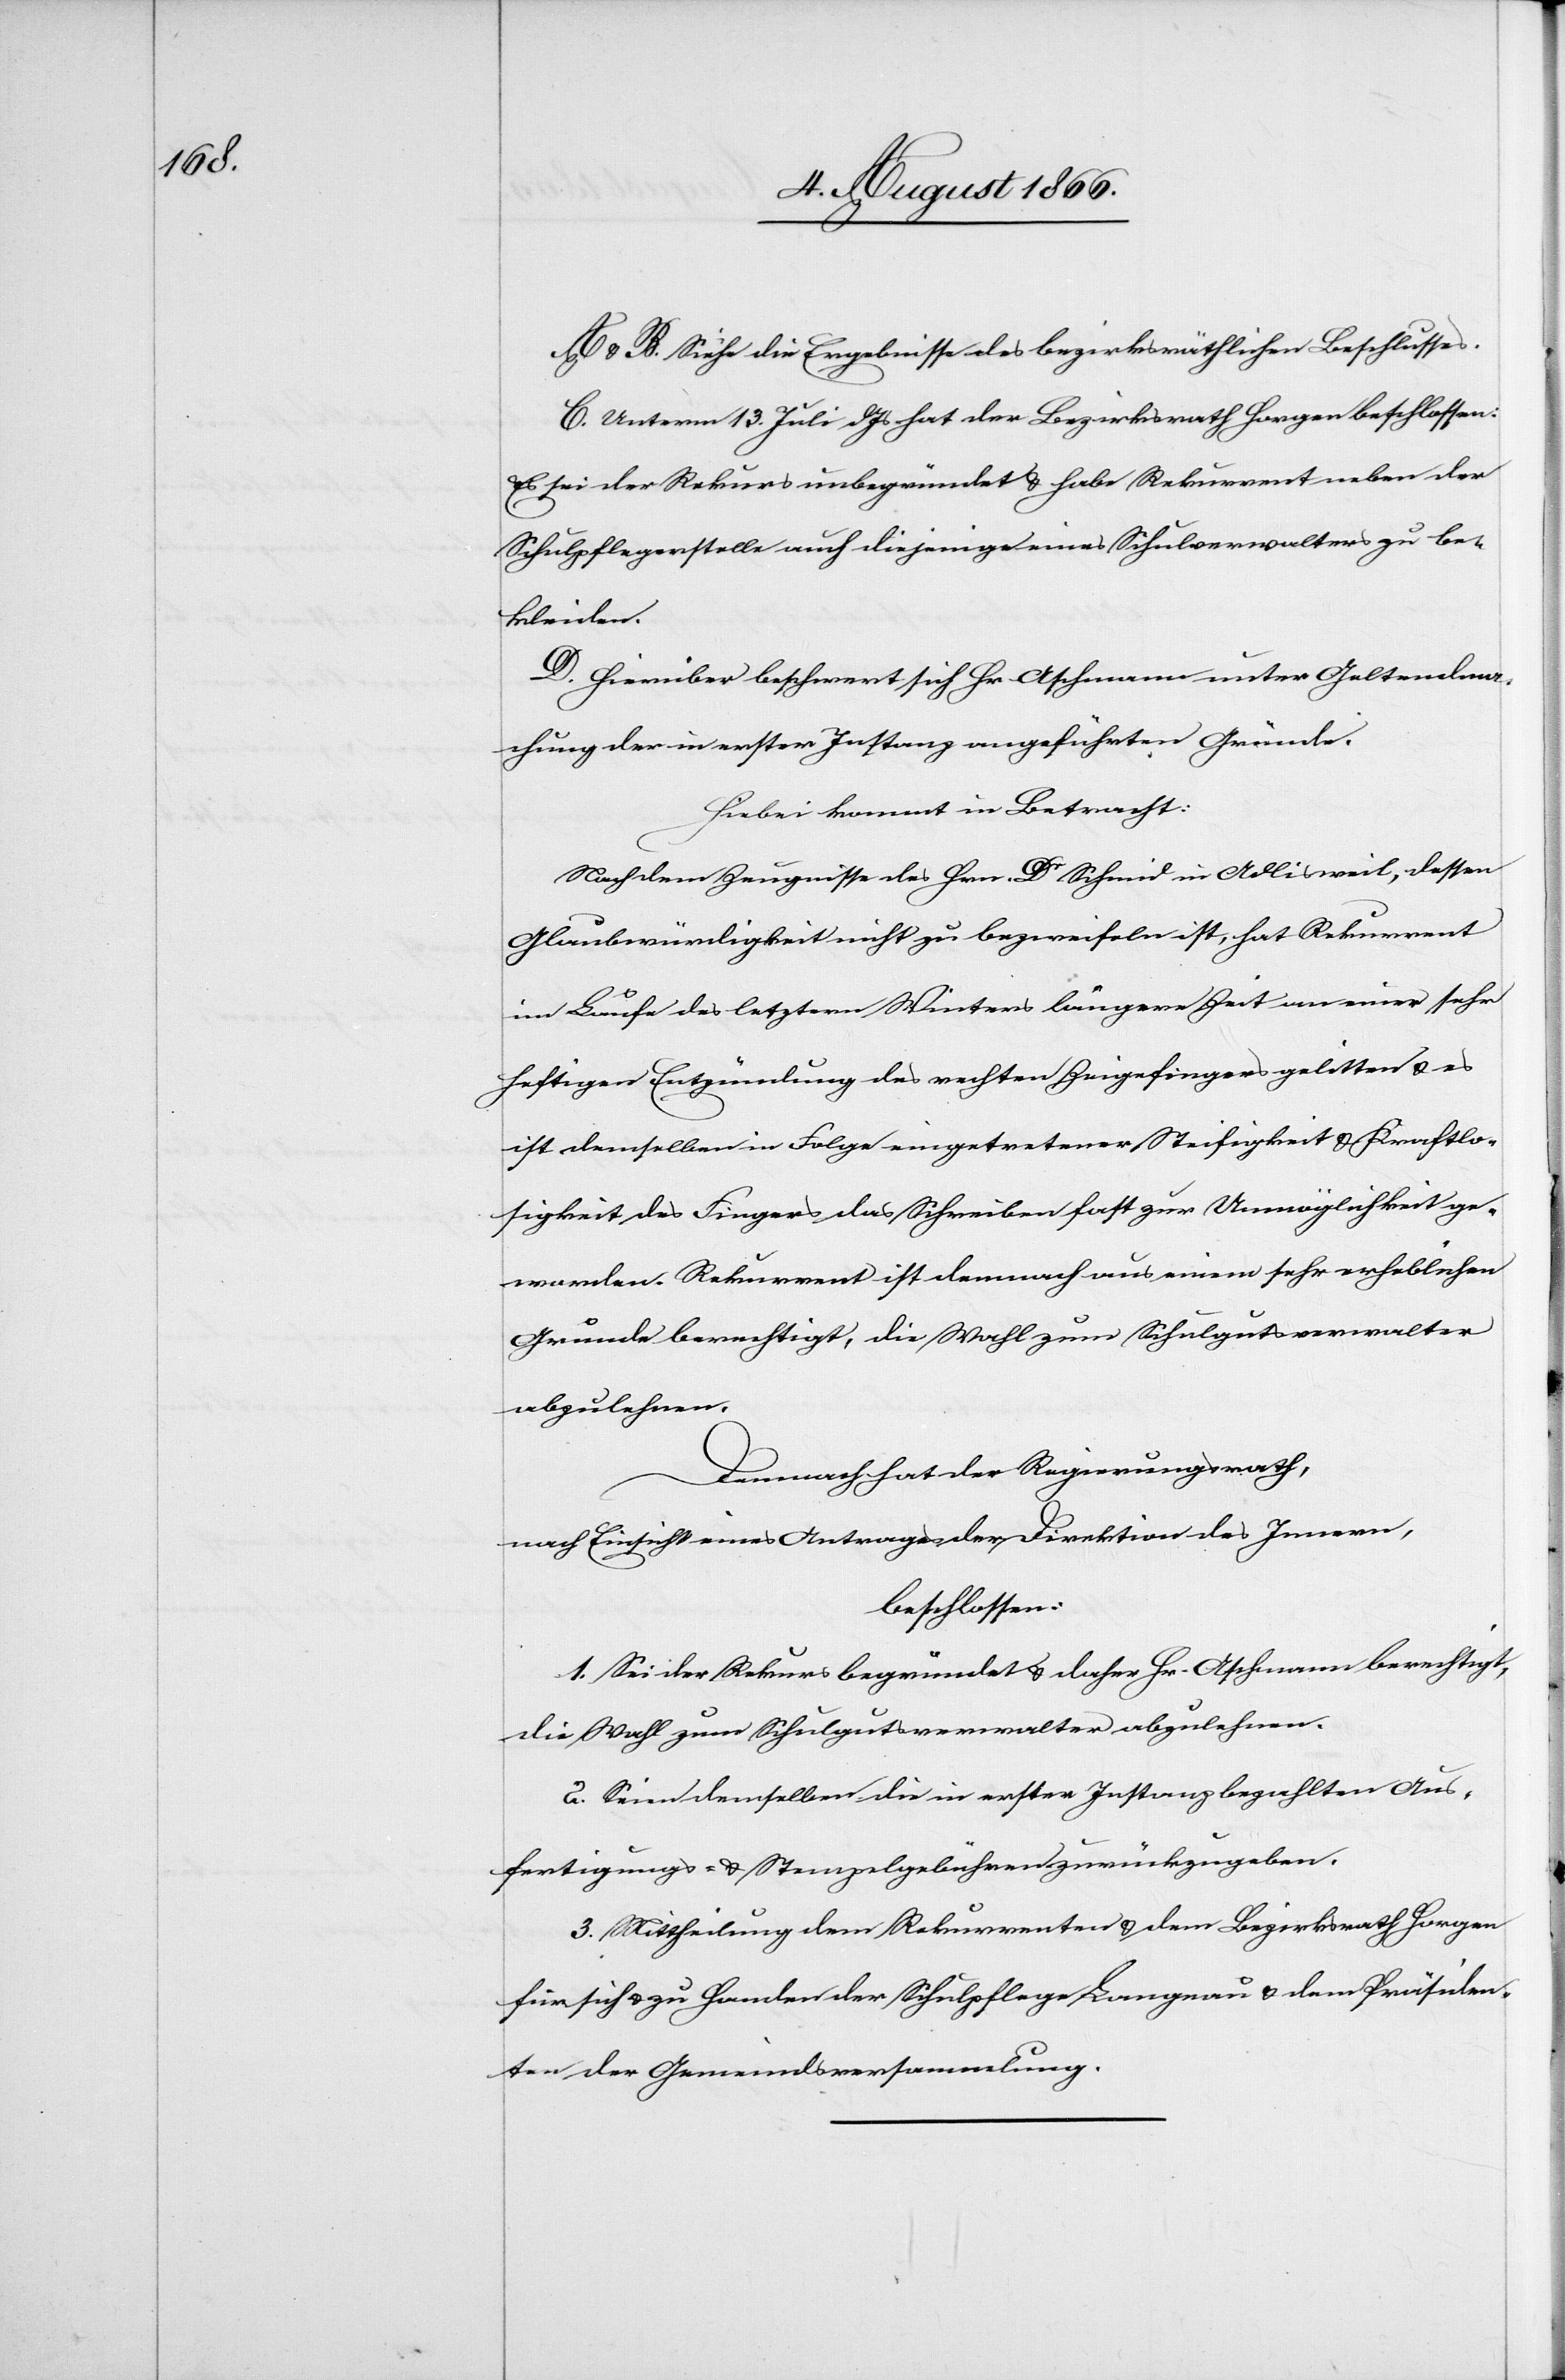
A u. B. Siehe die Ergebnisse des bezirksräthlichen Beschlusses.
C. Unterm 13. Juli dJs hat der Bezirksrath Horgen beschlossen:
Es sei der Rekurs unbegründet u. habe Rekurrent neben der
Schulpflegerstelle auch diejenige eines Schulverwalters zu be¬
kleiden.
D. Hierüber beschwert sich Hr. Aschmann unter Geltendma¬
chung der in erster Instanz angeführten Gründe.
Hiebei kommt in Betracht:
Nach dem Zeugnisse des Hrn. Dr. Schmid in Adlisweil, dessen
Glaubwürdigkeit nicht zu bezweifeln ist, hat Rekurrent
im Laufe des letztern [sic!] Winters längere Zeit an einer sehr
heftigen Entzündung des rechten Zeigefingers gelitten u. es
ist demselben in Folge eingetretener Steifigkeit u. Kraftlo¬
sigkeit des Fingers das Schreiben fast zur Unmöglichkeit ge¬
worden. Rekurrent ist demnach aus einem sehr erheblichen
Grunde berechtigt, die Wahl zum Schulgutsverwalter
abzulehnen.
Demnach hat der Regierungsrath,
nach Einsicht eines Antrages der Direktion des Innern,
beschlossen:
1. Sei der Rekurs begründet u. daher Hr. Aschmann berechtigt,
die Wahl zum Schulgutsverwalter abzulehnen.
2. Seien demselben die in erster Instanz bezahlten Aus¬
fertigungs- u. Stempelgebühren zurückzugeben.
3. Mittheilung dem Rekurrenten u. dem Bezirksrath Horgen
für sich u. zu Handen der Schulpflege Langnau u. dem Präsiden¬
ten der Gemeindsversammlung.